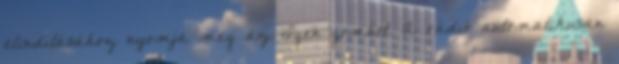
elindításához nyomja meg az Igen gombot. A rádió automatikusan